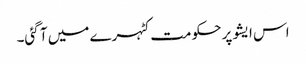
اس ایشو پر حکومت کٹہرے میں آ گئی۔